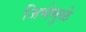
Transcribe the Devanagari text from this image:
जिभेमुळे